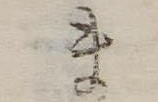
ま